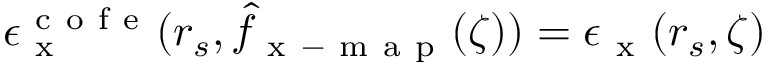
\epsilon _ { \mathrm { ~ x ~ } } ^ { \mathrm { ~ c ~ o ~ f ~ e ~ } } ( r _ { s } , \hat { f } _ { \mathrm { ~ x ~ - ~ m ~ a ~ p ~ } } ( \zeta ) ) = \epsilon _ { \mathrm { ~ x ~ } } ( r _ { s } , \zeta )